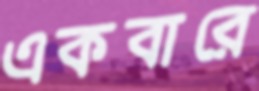
একবারে